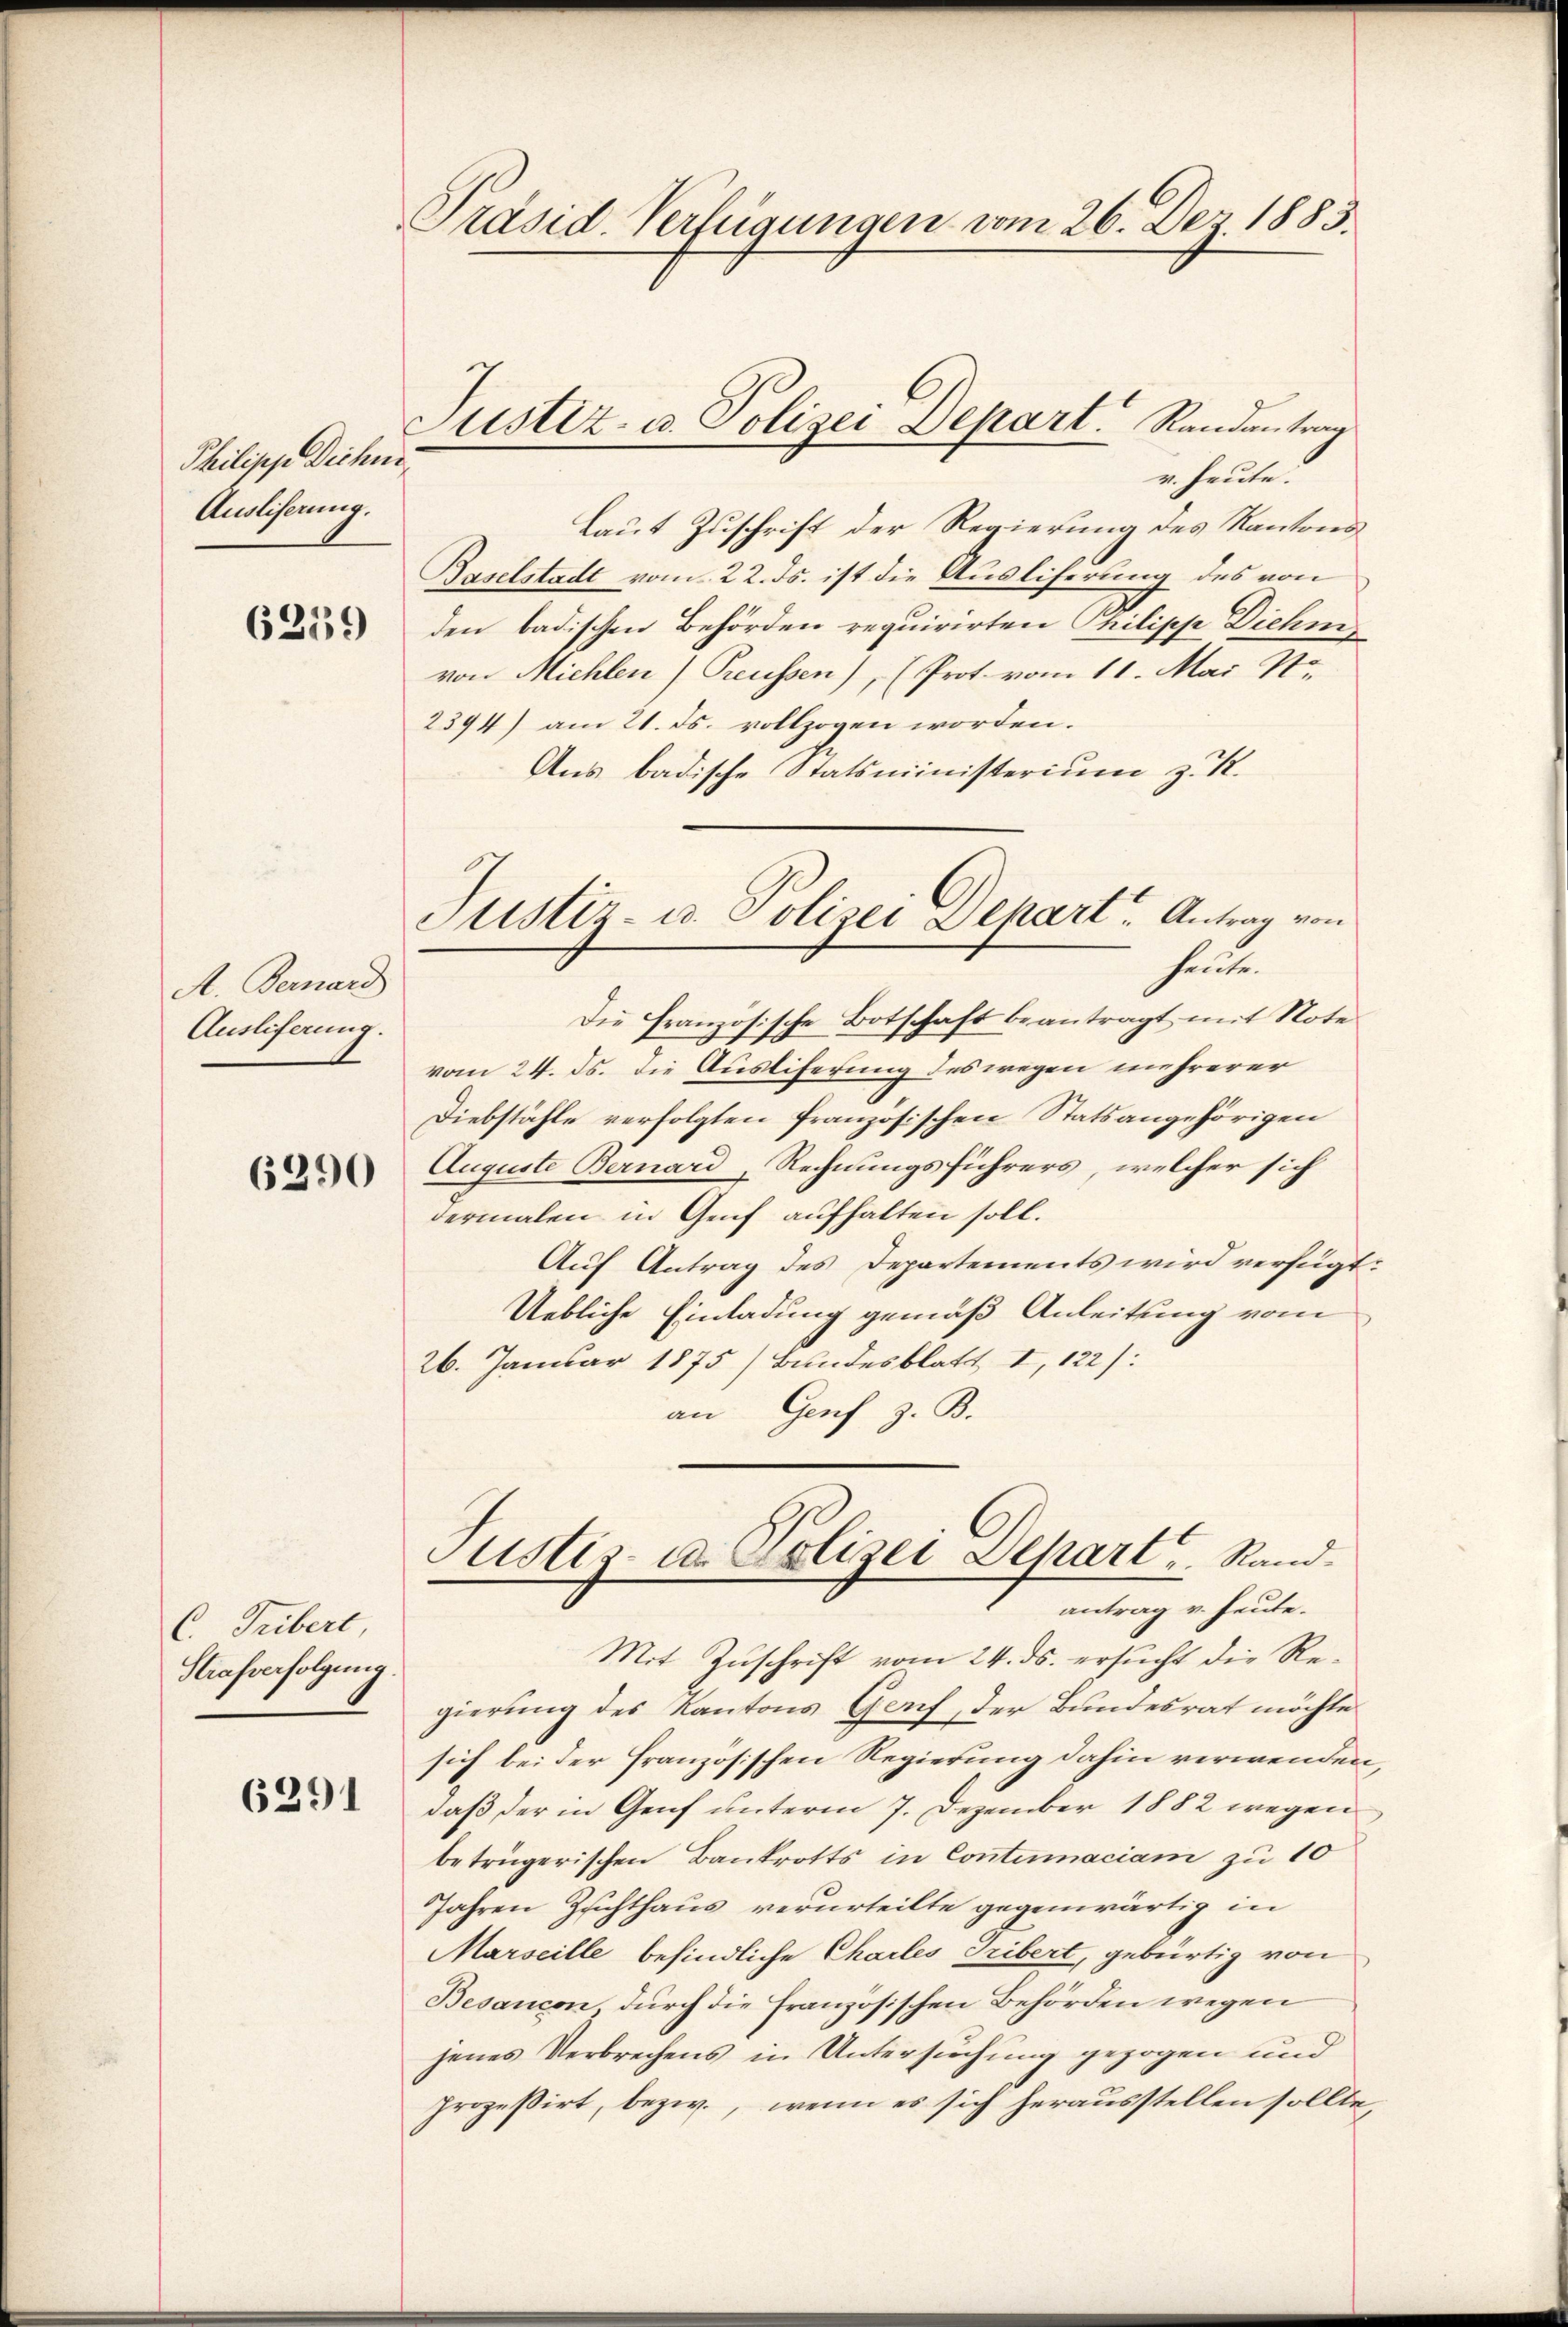
Philipp Dichne
Ausliserung.

6219

A. Bernard
Ausliferung.

6290

C. Tribert
Strafverfolgung.

6291

Präsid. Verfügungen vom 26. Dez. 1885.

r. heute.
laut Zuschrift der Regierung des Kantons
Baselstadt vom 22. ds. ist die Ausliferung des von
den badischen Behörden requirirten Philipp Diehm
von Michlen Preussen), (Prot. vom 11. Mai 7.
2394) am 21. ds. vollzogen worden.
Aus badische Statsministerium z. R.
Die Französische Botschaft beantragt mit Note
vom 24. ds. die Ausliferung des wegen mehrerer
Diebstähle verfolgten französischen Stats angehörigen
Auguste Bernard, Rechnungsführers, welcher sich
dermalen in Genf aufhalten soll.
Auf Antrag des Departements wird verfügt:
Uebliche Einladung gemäß Anleitung vom
26. Januar 1875) Bundesblatt I, 122):
an Genf z. B.
Justiz- u. Polizei Depart u. Rand.
antrag u. heute.
Mit Zuschrift vom 24. ds. ersucht die Regierung des Kantons Genf, der Bundesrat möchte
sich bei der französischen Regierung dahin verwenden,
daß der in Genf unterm 7. Dezember 1882 wegen
betrügerischen Bankrotts in Contumaciam zu 10
Jahren Zusichthaus verurteilte gegenwärtig in
Marseille befindliche Charles Tribert, gebürtig von
Besaucon, durch die französischen Behörden wegen
jenes Verbrechens in Untersuchung gezogen und
prozessirt, bezw., wenn es sich herausstellen sollte,

Justiz- u. Polizei Depart. Randantrag

Sistiz- u. Polizei Schart. Antrag von
heute.